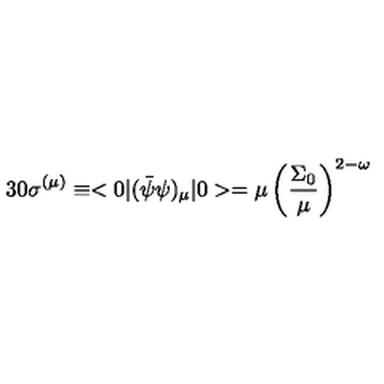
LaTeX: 3 0 \sigma ^ { ( \mu ) } \equiv < 0 \vert ( \bar { \psi } \psi ) _ { \mu } \vert 0 > = \mu \left( \frac { \Sigma _ { 0 } } { \mu } \right) ^ { 2 - \omega }